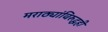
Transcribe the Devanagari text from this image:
मराठ्यांविरुद्धही